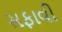
સફાવી